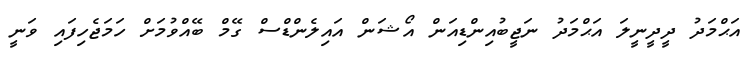
އަޙްމަދު ދީދީނީލަ އަޙްމަދު ނަޖީބުއިންޑިއަން އޯޝަން އައިލެންޑްސް ގޭމް ބޭއްވުމަށް ހަމަޖެހިފައި ވަނީ